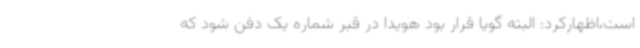
است،اظهارکرد: البته گویا قرار بود هویدا در قبر شماره یک دفن شود که